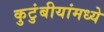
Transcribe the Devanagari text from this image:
कुटुंबीयांमध्ये